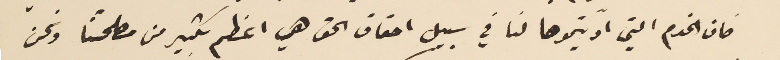
فان الخدم التي ادّيتموها لنا في سبيل احقاق الحق هي اعظم بكثير من مصلحتنا ونحن